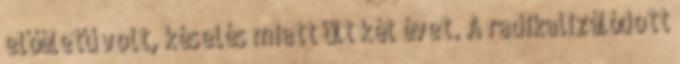
előéletű volt, késelés miatt ült két évet. A radikalizálódott